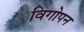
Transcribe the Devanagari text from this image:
विगोपन